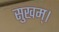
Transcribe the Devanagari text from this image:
सुखम्।